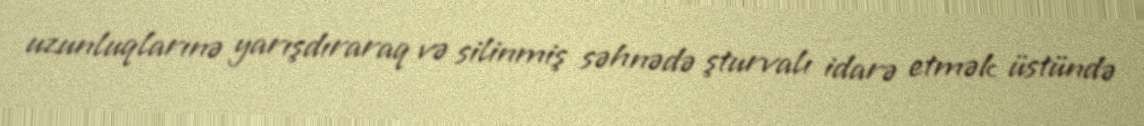
uzunluqlarınə yarışdıraraq və silinmiş səhnədə şturvalı idarə etmək üstündə